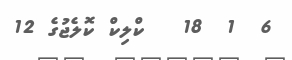
6  1  18   ކްލިކް ކޮލެޖުގެ 12